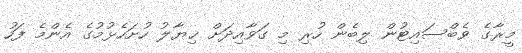
މީރާގެ ވެބްސައިޓުން ލިބެން ހުރި މި ގަވާއިދަށް ޚިޔާލު ހުށަހެޅުމުގެ އެންމެ ފަހު